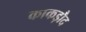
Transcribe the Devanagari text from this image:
काकड़ौद